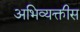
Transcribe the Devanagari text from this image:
अभिव्यक्तीस